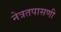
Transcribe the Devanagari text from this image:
नेत्रतपासणी